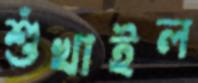
শুঁখাইল